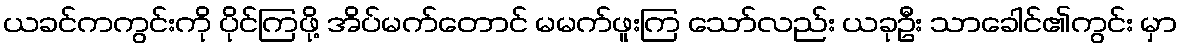
ယခင်ကကွင်းကို ပိုင်ကြဖို့ အိပ်မက်တောင် မမက်ဖူးကြ သော်လည်း ယခုဦး သာခေါင်၏ကွင်း မှာ